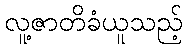
လူ့ဇာတိခံယူသည့်